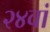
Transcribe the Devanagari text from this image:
२४वां